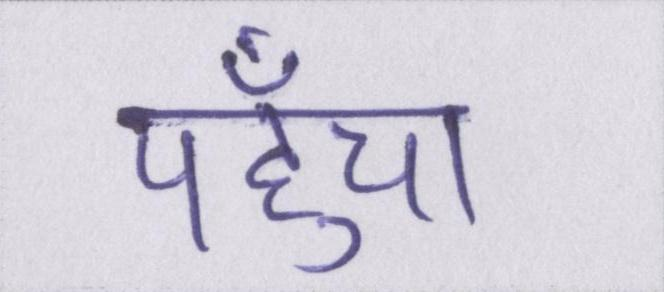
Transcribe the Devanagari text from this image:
पहुँचा